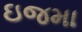
ઇજમા